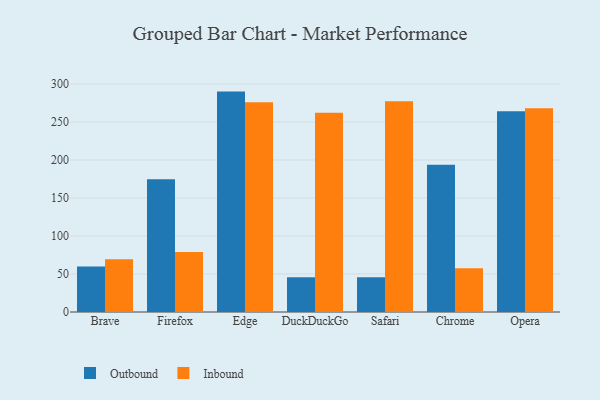
{"axis": {"x": "Browser", "y": "Market Share (%)"}, "legend": ["Inbound", "Outbound"], "data": [{"x": "Brave", "y": 60.0, "type": "Outbound"}, {"x": "Brave", "y": 69.3, "type": "Inbound"}, {"x": "Firefox", "y": 174.8, "type": "Outbound"}, {"x": "Firefox", "y": 79.0, "type": "Inbound"}, {"x": "Edge", "y": 290.0, "type": "Outbound"}, {"x": "Edge", "y": 276.0, "type": "Inbound"}, {"x": "DuckDuckGo", "y": 45.7, "type": "Outbound"}, {"x": "DuckDuckGo", "y": 262.2, "type": "Inbound"}, {"x": "Safari", "y": 45.7, "type": "Outbound"}, {"x": "Safari", "y": 277.2, "type": "Inbound"}, {"x": "Chrome", "y": 193.7, "type": "Outbound"}, {"x": "Chrome", "y": 57.5, "type": "Inbound"}, {"x": "Opera", "y": 264.0, "type": "Outbound"}, {"x": "Opera", "y": 268.2, "type": "Inbound"}]}